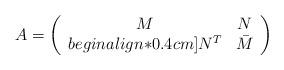
LaTeX: \begin{align*}A=\left(\begin{array}{cc}M& N\\begin{align*}0.4cm]N^T& \bar M\end{array}\right)\end{align*}